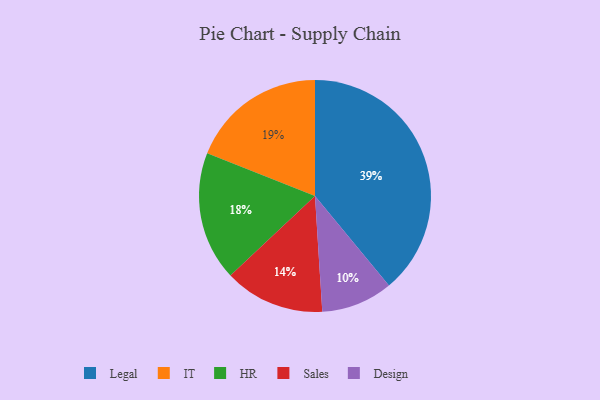
{"axis": {"x": "Category", "y": "Percentage"}, "legend": ["Design", "HR", "IT", "Legal", "Sales"], "data": [{"x": "Design", "y": 10, "type": "Design"}, {"x": "IT", "y": 19, "type": "IT"}, {"x": "Legal", "y": 39, "type": "Legal"}, {"x": "HR", "y": 18, "type": "HR"}, {"x": "Sales", "y": 14, "type": "Sales"}]}